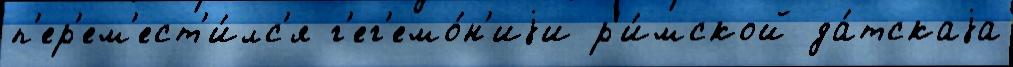
п'ер'ем'ест'и́лс'я г'ег'емо́н'иjи р'и́мской да́тскаjа